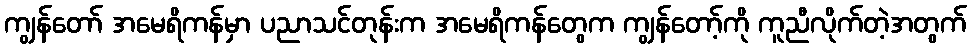
ကျွန်တော် အမေရိကန်မှာ ပညာသင်တုန်းက အမေရိကန်တွေက ကျွန်တော့်ကို ကူညီလိုက်တဲ့အတွက်